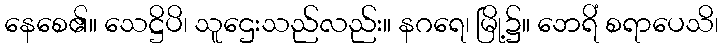
နေစေ၏။ သေဋ္ဌိပိ၊ သူဌေးသည်လည်း။ နဂရေ၊ မြို့၌။ ဘေရိံ စရာပေသိ၊